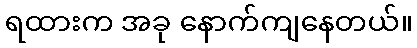
ရထားက အခု နောက်ကျနေတယ်။